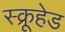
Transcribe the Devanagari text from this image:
स्क्रूहेड